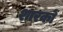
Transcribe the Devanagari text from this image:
शारकों